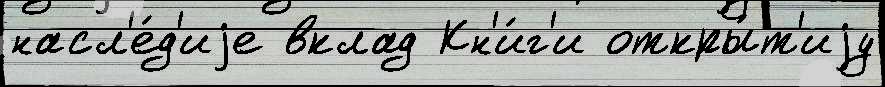
насл'е́д'иjе вклад Кн'и́г'и откры́т'иjу